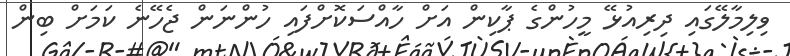
ވިލިމާލޭގައި ދިރިއުޅޭ މީހުންގެ ޕާކިން އަށް ހާއްސަކޮށްފައި ހުންނަން ޖެހޭނެ ކަމަށް ބިން